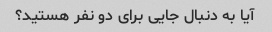
آیا به دنبال جایی برای دو نفر هستید؟